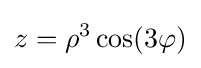
z=\rho ^{3}\cos(3\varphi )